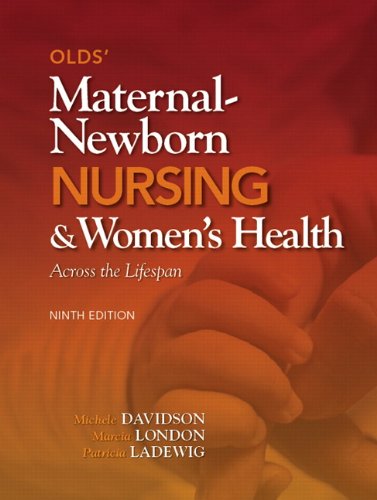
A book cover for Olds' Maternal-Newborn Nursing & Women's Health Across the Lifespan (9th Edition); Michele Davidson; Medical Books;